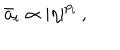
LaTeX: \bar { a } _ { i } \propto | \eta | ^ { p _ { i } } \, ,